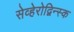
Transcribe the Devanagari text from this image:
सेव्हेरोद्विन्स्क